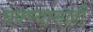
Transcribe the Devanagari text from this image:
पक्ष्यांनाही